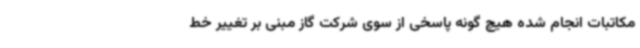
مکاتبات انجام شده هیچ گونه پاسخی از سوی شرکت گاز مبنی بر تغییر خط